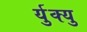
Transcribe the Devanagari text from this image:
र्युक्यु